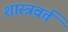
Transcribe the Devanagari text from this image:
शास्त्रवर्त